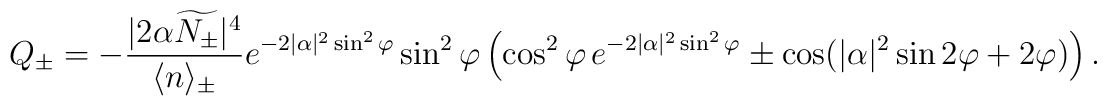
Q_{\pm}=-\frac{|2\alpha\widetilde{N_{\pm}}|^4}{\langle n\rangle_{\pm}} e^{-2|\alpha|^2\sin^2\varphi}\sin^2\varphi\left(\cos^2\varphi\, e^{-2| \alpha|^2\sin^2\varphi}\pm\cos(|\alpha|^2\sin2\varphi+2\varphi)\right).